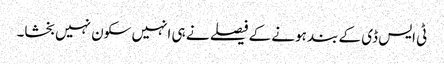
ٹی ایس ڈی کے بند ہونے کے فیصلے نے ہی انہیں سکون نہیں بخشا۔